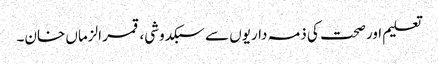
تعلیم اور صحت کی ذمہ داریوں سے سبکدوشی، قمر الزماں خان۔